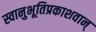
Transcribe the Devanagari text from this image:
स्वानुभूतिप्रकाशवान्